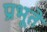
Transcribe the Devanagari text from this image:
प्रभूते